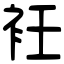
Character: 衽